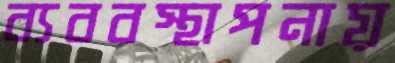
ব্যববস্থাপনায়